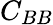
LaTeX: C_{BB}